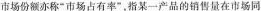
市场份额亦称”市场占有率”，指某一产品的销售量在市场同